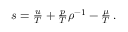
\begin{array} { r } { s = \frac { u } { T } + \frac { p } { T } \rho ^ { - 1 } - \frac { \mu } { T } \, . } \end{array}